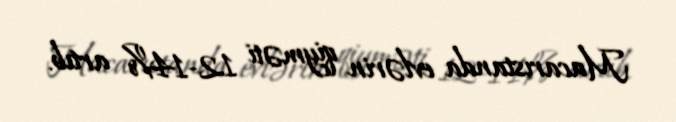
Macarıstanda evlərin qiyməti 12-14% artıb.